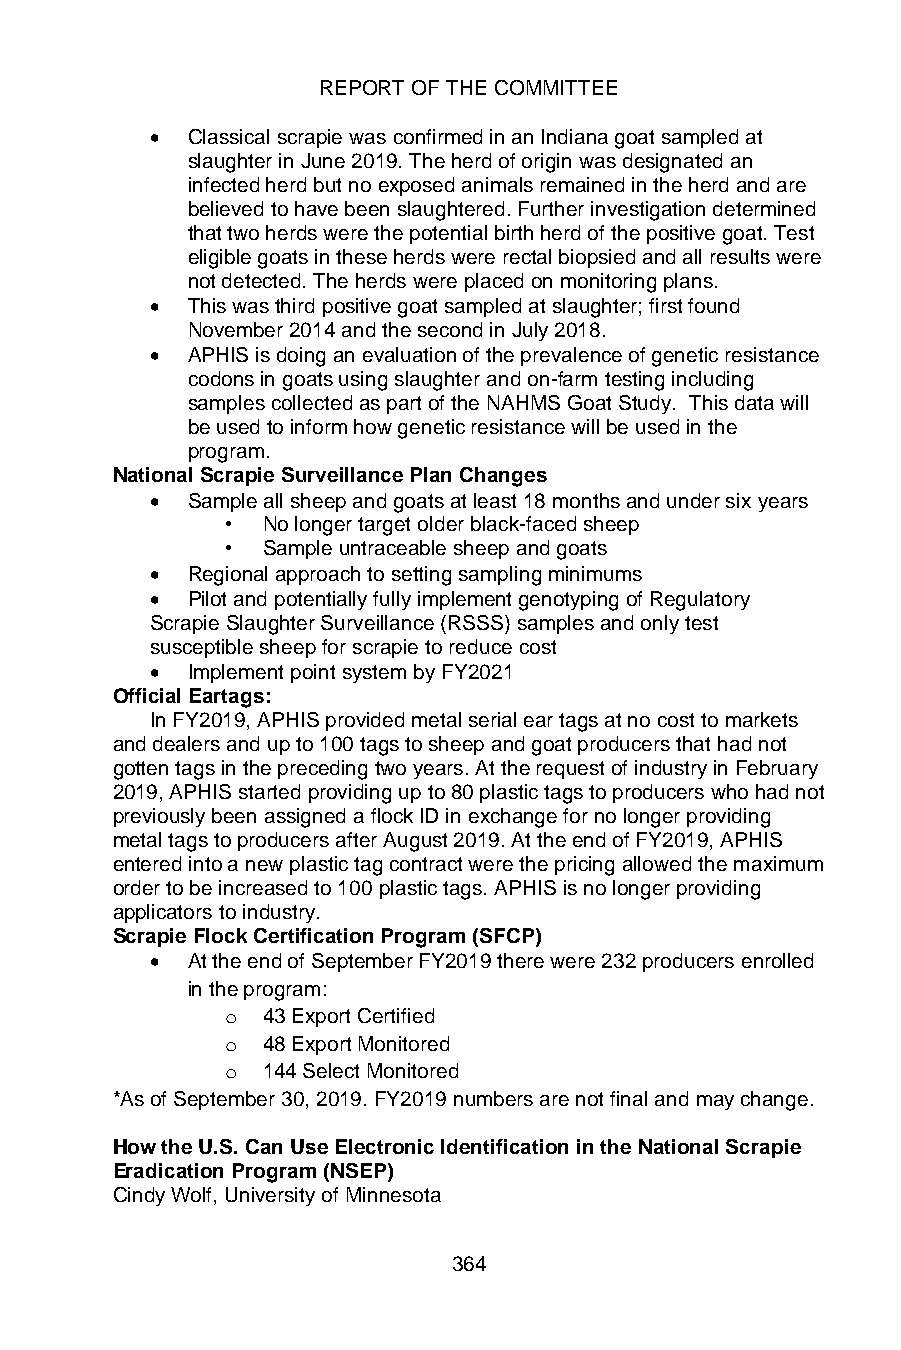
REPORT OF THE COMMITTEE
 • Classical scrapie was confirmed in an Indiana goat sampled at
 slaughter in June 2019. The herd of origin was designated an
 infected herd but no exposed animals remained in the herd and are
 believed to have been slaughtered. Further investigation determined
 that two herds were the potential birth herd of the positive goat. Test
 eligible goats in these herds were rectal biopsied and all results were
 not detected. The herds were placed on monitoring plans.
 • This was third positive goat sampled at slaughter; first found
 November 2014 and the second in July 2018.
 • APHIS is doing an evaluation of the prevalence of genetic resistance
 codons in goats using slaughter and on-farm testing including
 samples collected as part of the NAHMS Goat Study. This data will
 be used to inform how genetic resistance will be used in the
 program.
 National Scrapie Surveillance Plan Changes
 • Sample all sheep and goats at least 18 months and under six years
 • No longer target older black-faced sheep
 • Sample untraceable sheep and goats
 • Regional approach to setting sampling minimums
 • Pilot and potentially fully implement genotyping of Regulatory
 Scrapie Slaughter Surveillance (RSSS) samples and only test
 susceptible sheep for scrapie to reduce cost
 • Implement point system by FY2021
 Official Eartags:
 In FY2019, APHIS provided metal serial ear tags at no cost to markets
 and dealers and up to 100 tags to sheep and goat producers that had not
 gotten tags in the preceding two years. At the request of industry in February
 2019, APHIS started providing up to 80 plastic tags to producers who had not
 previously been assigned a flock ID in exchange for no longer providing
 metal tags to producers after August 2019. At the end of FY2019, APHIS
 entered into a new plastic tag contract were the pricing allowed the maximum
 order to be increased to 100 plastic tags. APHIS is no longer providing
 applicators to industry.
 Scrapie Flock Certification Program (SFCP)
 • At the end of September FY2019 there were 232 producers enrolled
 in the program:
 o 43 Export Certified
 o 48 Export Monitored
 o 144 Select Monitored
 *As of September 30, 2019. FY2019 numbers are not final and may change.
 How the U.S. Can Use Electronic Identification in the National Scrapie
 Eradication Program (NSEP)
 Cindy Wolf, University of Minnesota
 364